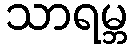
သာရမ္ဘ